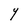
Character: Y